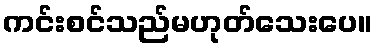
ကင်းစင်သည်မဟုတ်သေးပေ။